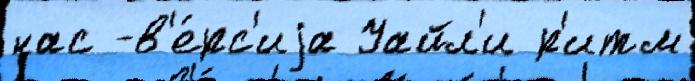
нас -в'е́рс'иjа Уайл'и р'итм